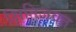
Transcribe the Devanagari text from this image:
क्षितिजवत